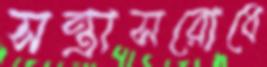
সন্ত্রাসরোধে